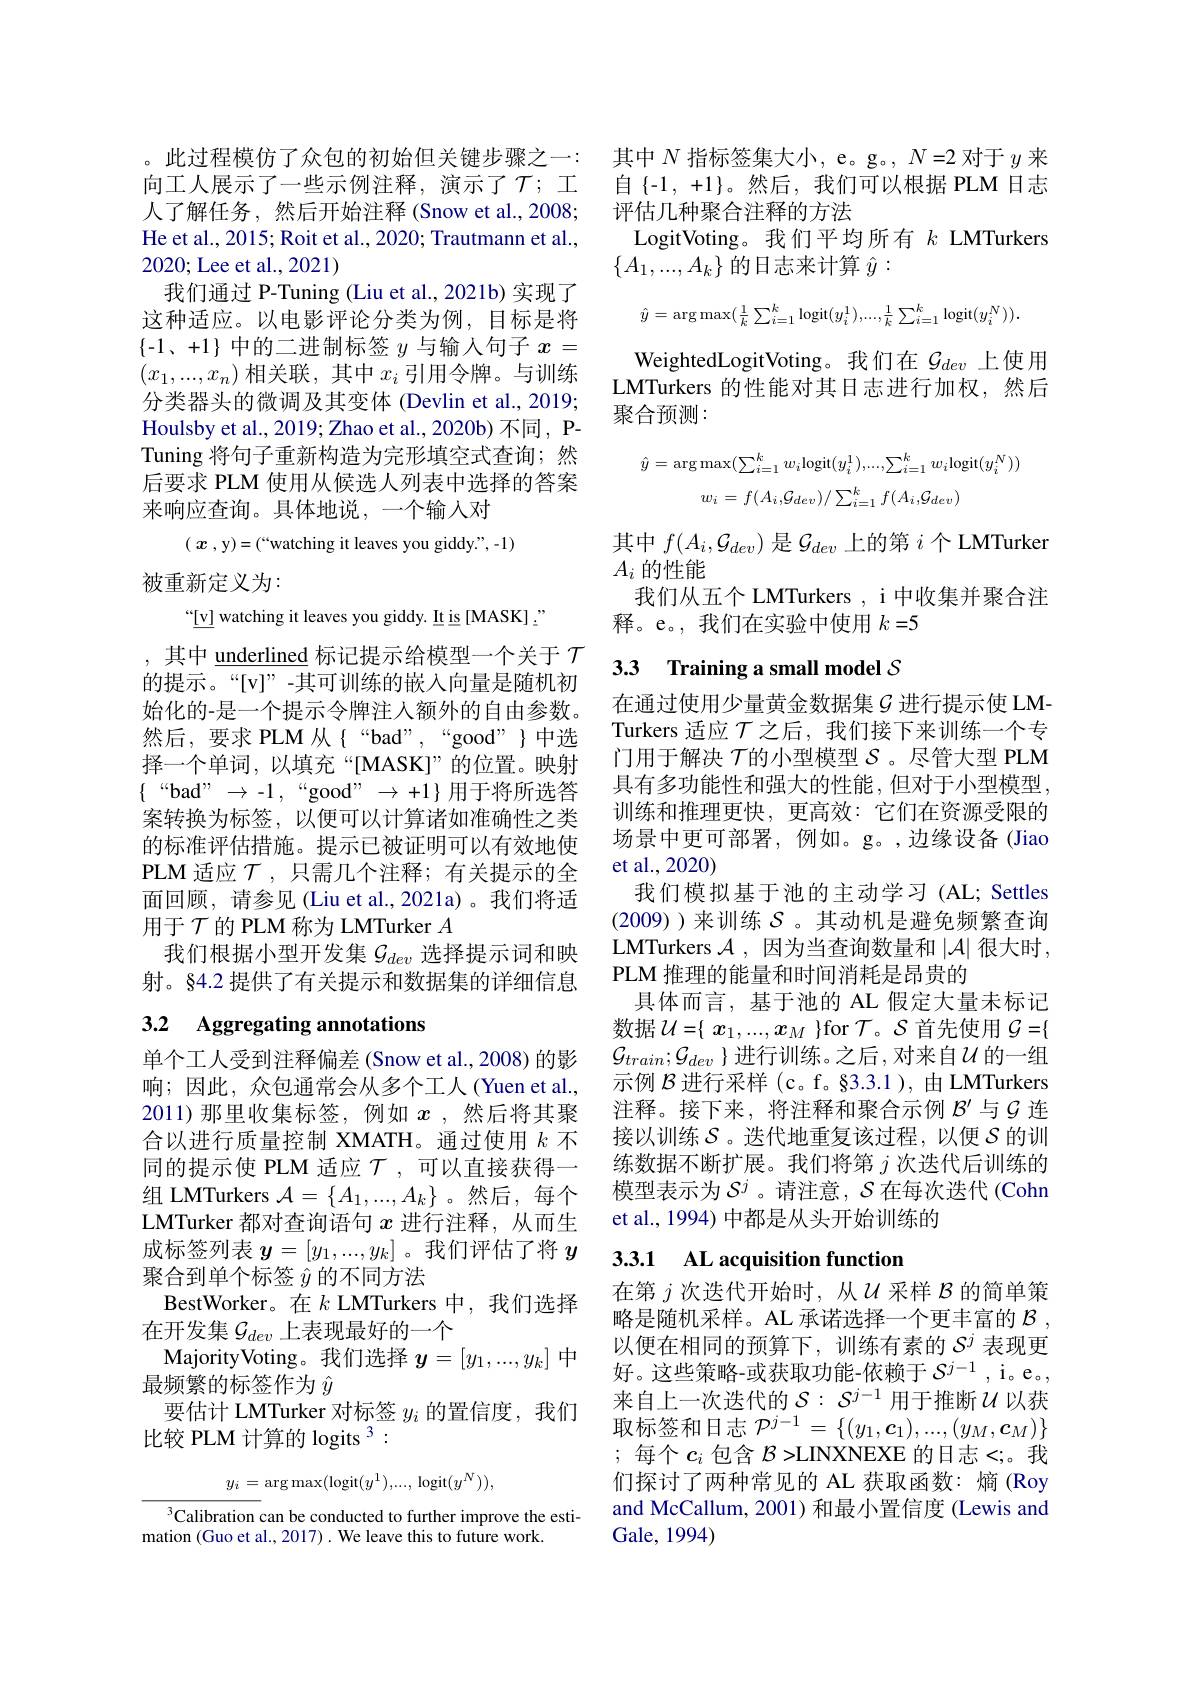
。此过程模仿了众包的初始但关键步骤之一： 向工人展示了一些示例注释，演示了$\mathcal{T};$工人了解任务，然后开始注释(Snow et al.,2008; He et al., 2015; Roit et al., 2020; Trautmann et al., 2020; Lee et al., 2021)
我们通过 P-Tuning (Liu et al., 2021b) 实现了这种适应。以电影评论分类为例，目标是将$\{-1、+1\}$中的二进制标签$y$与输入句子$x=$ $(x_1,...,x_n)$相关联，其中$x_i$引分类器头的微调及其变体 (Devlin et al., 2019; Houlsby et al., 2019; Zhao et al., 2020b) 不同 , PTuning 将句子重新构造为完形填空式查询；然后要求 PLM 使用从候选人列表中选择的答案来响应查询。具体地说，一个输入对

( x , y) = ( “ watching it le
被重新定义为：
“[v] watching it leaves you
,其中$\underline{\text{underlined}}$标记提
的提示。“[v]”-其可训练的嵌入向量是随机初始化的-是一个提示令牌注人额外的自由参数。然后，要求 PLM 从\{“bad”,“good”\}中选择一个单词，以填充“[MASK]”的位置。映射$\{\begin{array}{ccc}“\text{bad" }\rightarrow-1,&“\text{good" }\rightarrow+1\}\end{array}$用于将所选答案转换为标签，以便可以计算诸如准确性之类的标准评估措施。提示已被证明可以有效地使PLM 适应$\mathcal{T}$ ,只需几个注释；有关提示的全面回顾，请参见 (Liu et al.,2021a)。用于$\mathcal{T}$的 PLM 称为 LMTurker $A$
我们根据小型开发集$\mathcal{G}_{dev}$选择提示词和映射。§4.2 提供了有关提示和数据集的详细信息3.2 Aggregating annotations

单个工人受到注释偏差(Snow et al., 2008) 的影响；因此，众包通常会从多个工人(Yuen et al., 2011)那里收集标签，例如$x$ ,然后将其聚合以进行质量控制 XMATH。通过使用$k$不同的提示使 PLM 适应$\mathcal{T}$,可以直接获得一组 LMTurkers $\mathcal{A}=\{A_1,...,A_k\}$ 。然后，每个LMTurker 都对查询语句$x$进行注释，从而生成标签列表$\boldsymbol y=[y_1,...,y_k]$ 。我们评估了将$y$ 聚合到单个标签$\hat{y}$的不同方法
BestWorker。在$k$ LMTurkers 中，我们选择
在开发集$\mathcal{G}_dev$上表现最好的一个
MajorityVoting。我们选择$y=[y_1,...,y_k]$中
最频繁的标签作为$\hat{y}$
要估计 LMTurker 对标签$y_i$的置信度，我们
比较 PLM 计算的 logits $^{3}:$
$$y_i=\arg\max(\log\text{it}(y^1),...,\text{logit}(y^N)),$$
$^{3}$Calibration can be con
mation (Guo et al., 2017) .

其中$N$指标签集大小，e。g。, $N=2$对自$\{-1,+1\}。然后，我们可以根据 PLM 日志$ 评估几种聚合注释的方法
LogitVoting。我们平均所有$k$ LMTur
$\{A_1,...,A_k\}$的日志来计算$\hat{y}:$
$$\hat{y}=\arg\max(\frac{1}{k}\sum_{i=1}^{k}\mathrm{logit}(y_{i}^{1}),...,\frac{1}{k}\sum_{i=1}^{k}\mathrm{logit}(y_{i}^{N})).$$
WeightedLogitVoting。我们在$\mathcal{G}_dev$上使用LMTurkers 的性能对其日志进行加权，然后聚合预测：
$$\hat{y}=\arg\max(\sum_{i=1}^{k}w_{i}\mathrm{logit}(y_{i}^{1}),...,\sum_{i=1}^{k}w_{i}\mathrm{logit}(y_{i}^{N}))\\w_{i}=f(A_{i},\mathcal{G}_{dev})/\sum_{i=1}^{k}f(A_{i},\mathcal{G}_{dev})$$
其中$f(A_i,\mathcal{G}_{dev})$是$\mathcal{G}_dev$上的第$i$个 LMTurker
$A_i$的性能
我们从五个 LMTurkers , i 中收集并聚合注
释。e。,我们在实验中使用$k=5$

在通过使用少量黄金数据集$\mathcal{G}$ 进行提示使 LMTurkers 适应$\mathcal{T}$之后，我们接下来训练一个专门用于解决 $\tau$的小型模型 $\mathcal{S}$ 。尽管大型 PLM 具有多功能性和强大的性能，但对于小型模型， 训练和推理更快，更高效：它们在资源受限的场景中更可部署，例如。g。,边缘设备(Jiao et al.,2020)
我们模拟基于池的主动学习(AL; Settles (2009) )来训练$\mathcal{S}$ 。其动机是避免频繁查询LMTurkers $\mathcal{A}$,因为当查询数量和$|\mathcal{A}|$很大时， PLM 推理的能量和时间消耗是昂贵的
具体而言，基于池的 AL 假定大量未标记数据$\mathcal{U}=\{\begin{array}{c}{x_{1},...,x_{M}}\end{array}$ $\mathcal{G}_{train};\mathcal{G}_{dev}\}$ 进行训练。之后，对来自$\mathcal{U}$的一组示例$\mathcal{B}$进行采样 (c。f。§3.3.1 ) 注释。接下来，将注释和聚合示例$\mathcal{B}^{\prime}$与$\mathcal{G}$连接以训练$\mathcal{S}$。迭代地重复该过程，以便$\mathcal{S}$ 练数据不断扩展。我们将第$j$次迭代后训练的模型表示为$\mathcal{S}^j$ 。请注意，$\mathcal{S}$ et al., 1994) 中都是从头开始训练的

## 3.3.1 AL acquisition functio

在第$j$次迭代开始时，从$U$采样$\mathcal{B}$ 略是随机采样。AL 承诺选择一个更丰富的$\mathcal{B}$, 以便在相同的预算下，训练有素的$\mathcal{S}^j$表现更好。这些策略-或获取功能-依赖于$\mathcal{S}^{j-1}$ 来自上一次迭代的$\mathcal{S}:\mathcal{S}^j-1$用于推断取 标 签 和 日 志 $\mathcal{P} ^{j- 1}= \{ ( y_1, \boldsymbol{c}_1) , . . . , ( y_M, \boldsymbol{c}_M) \}$ ;每个$c_i$ 包含 $\mathcal{B}>$LINXNEXE 们探讨了两种常见的 AL 获取函数：熵 (Roy and McCallum, 2001) 和最小置信度 ( Gale, 1994)